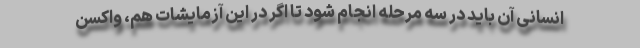
انسانی آن باید در سه مرحله انجام شود تا اگر در این آزمایشات هم، واکسن